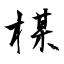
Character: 楳